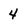
Character: 4